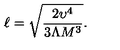
\ell = \sqrt { \frac { 2 \upsilon ^ { 4 } } { 3 \Lambda M ^ { 3 } } } .